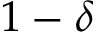
1 - \delta